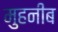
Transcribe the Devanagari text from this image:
मुहनीब